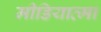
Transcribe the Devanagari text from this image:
मीडियात्मा